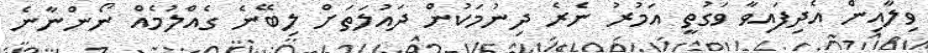
ވިލާއިން އެދިފައިވާ ވަގުތީ އަމުރު ނެެރެ ދިނުމަކުން ދައުލަތަށް ލިބޭނެ ގެއްލުމެއް ނޯންނާނެ